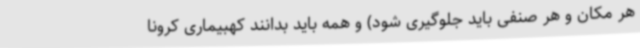
هر مکان و هر صنفی باید جلوگیری شود) و همه باید بدانند کهبیماری کرونا